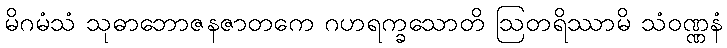
မိဂမံသံ သုဓာဘောဇနဇာတကေ ဂဟရက္ခသောတိ ဩတရိဿာမိ သံဝဏ္ဏနံ